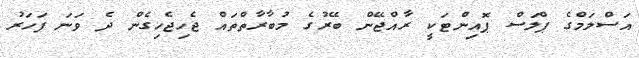
އަސްލަމްގެ ޕްލަސް ޕޮއިންޓަކީ ރާއްޖޭން ބޭރުގެ މުބާރާތްތައް ޖެހިޖެހިގެން ދެ ވަނަ ފަހަރު